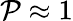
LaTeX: \mathcal{P}\approx1